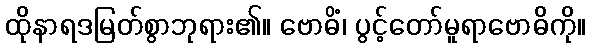
ထိုနာရဒမြတ်စွာဘုရား၏။ ဗောဓိံ၊ ပွင့်တော်မူရာဗောဓိကို။